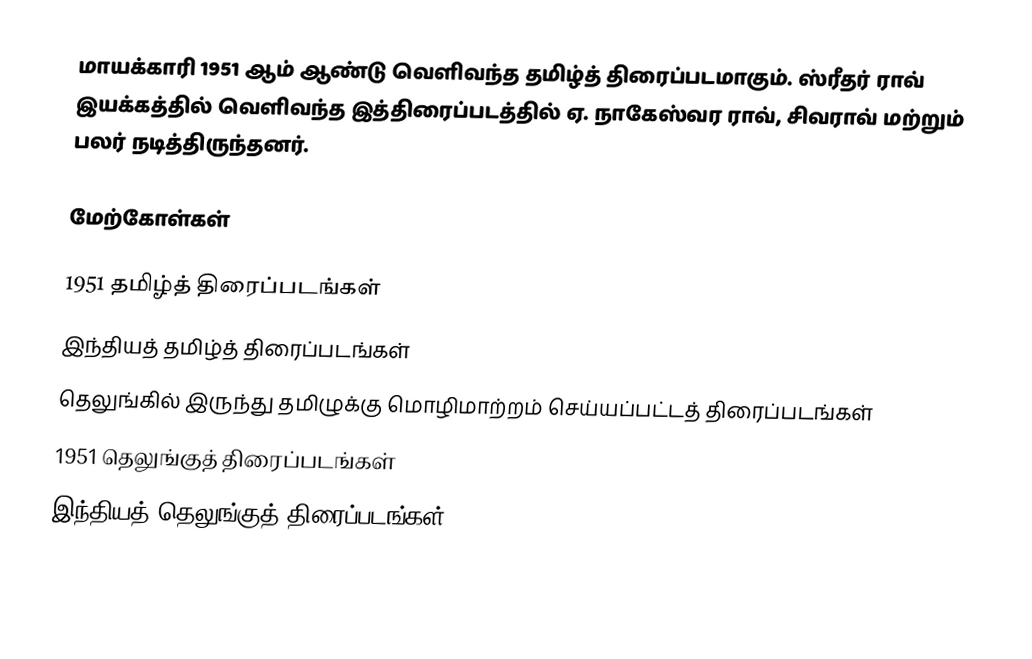
மாயக்காரி 1951 ஆம் ஆண்டு வெளிவந்த தமிழ்த் திரைப்படமாகும். ஸ்ரீதர் ராவ் இயக்கத்தில் வெளிவந்த இத்திரைப்படத்தில் ஏ. நாகேஸ்வர ராவ், சிவராவ் மற்றும் பலர் நடித்திருந்தனர்.

மேற்கோள்கள்

1951 தமிழ்த் திரைப்படங்கள்
இந்தியத் தமிழ்த் திரைப்படங்கள்
தெலுங்கில் இருந்து தமிழுக்கு மொழிமாற்றம் செய்யப்பட்டத் திரைப்படங்கள்
1951 தெலுங்குத் திரைப்படங்கள்
இந்தியத் தெலுங்குத் திரைப்படங்கள்